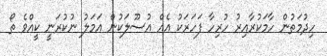
ހިދުމަތުން ހާމަކުރާއިރު ހުރިހާ ފަހަރަކު އެއް އުސޫލަކުން އަމަލު ނުކުރަނީ ކީއްވެ ތޯ